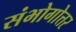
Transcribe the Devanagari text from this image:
संभोगोत्तर